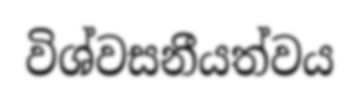
විශ්වසනීයත්වය